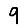
Digit: 9